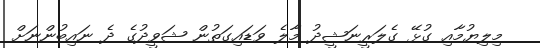
މިލިޔުމާއި ގުޅޭ ގެލަރީނަޝީދު މާލެ ވަޑައިގަތުން ޝަވީދުގެ ދެ ނައިބުންނަށް